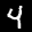
Label: 4